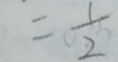
= \frac { 1 } { 2 }